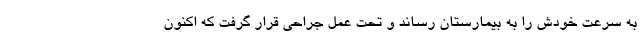
به سرعت خودش را به بیمارستان رساند و تحت عمل جراحی قرار گرفت که اکنون